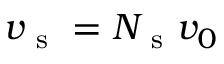
v _ { \mathrm { ~ s ~ } } = N _ { \mathrm { ~ s ~ } } v _ { 0 }